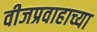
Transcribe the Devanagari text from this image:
वीजप्रवाहाच्या